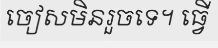
ចៀសមិនរួចទេ។ ធ្វើ